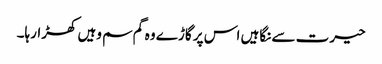
حیرت سے نگاہیں اس پر گاڑے وہ گم سم وہیں کھڑارہا۔